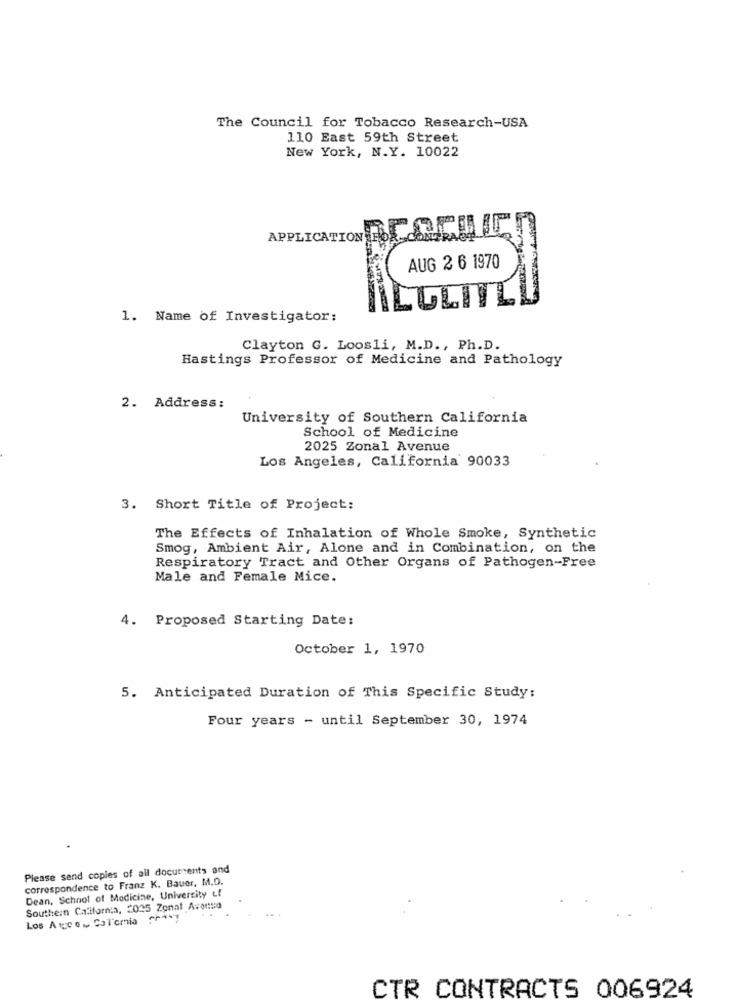
The Council for Tobacco Research-USA
110 East 59th Street
New York, N.Y. 10022
APPLICATION POLSCE TE
AUG 2 6 1970
ILGLITL
1. Name of Investigator:
Clayton G. Loosli, M.D ., Ph.D.
Hastings Professor of Medicine and Pathology
2. Address:
University of Southern California
School of Medicine
2025 Zonal Avenue
Los Angeles, California 90033
3. Short Title of Project:
The Effects of Inhalation of Whole Smoke, Synthetic
Smog, Ambient Air, Alone and in Combination, on the
Respiratory Tract and Other Organs of Pathogen-Free
Male and Female Mice.
4. Proposed Starting Date:
October 1, 1970
5. Anticipated Duration of This Specific Study:
Four years - until September 30, 1974
Please send copies of all documents and
correspondence to Franz K. Bauer, M.D.
Dean, School of Medicine, University Ll
Southern California, 2025 Zonal Aventuso
Los Arcos Colonia wy
CTR CONTRACTS 006924